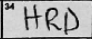
Transcription: HRD